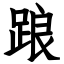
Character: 踉